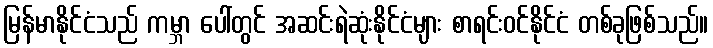
မြန်မာနိုင်ငံသည် ကမ္ဘာ ပေါ်တွင် အဆင်းရဲဆုံးနိုင်ငံများ စာရင်းဝင်နိုင်ငံ တစ်ခုဖြစ်သည်။